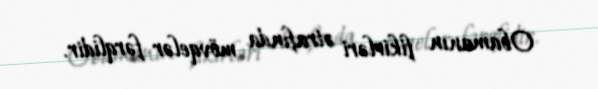
Obamanın fikirləri ətrafında mövqelər fərqlidir.